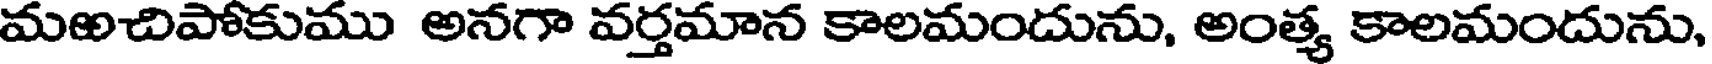
మఱచిపోకుము అనగా వర్తమాన కాలమందును, అంత్య కాలమందును,